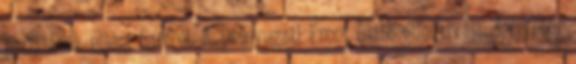
partizánok elleni harcról. A Délnyugati Front újabb offenzívája. december